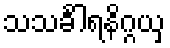
သသင်္ခါရနိဂ္ဂယှ